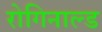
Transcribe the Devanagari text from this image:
रोगिनाल्ड